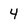
Character: 4